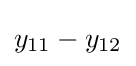
y_{11}-y_{12}